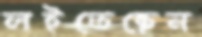
লইতেছেন